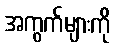
အကွက်များကို